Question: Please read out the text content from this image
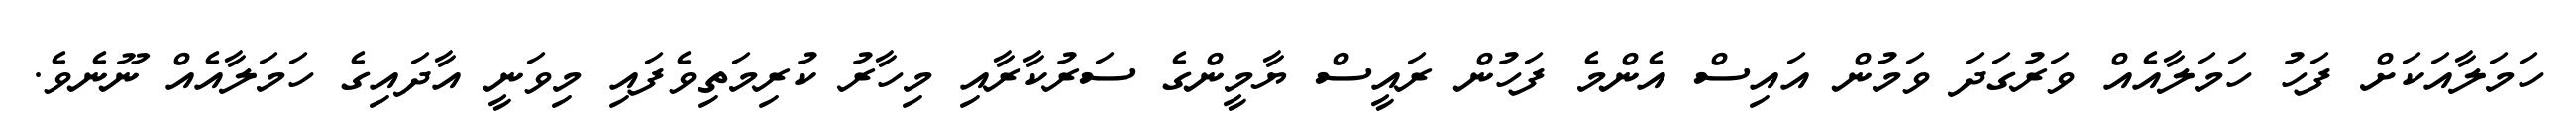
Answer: ހަމަލާއަކަށް ފަހު ހަމަލާއެއް ވަރުގަދަ ވަމުން އައިސް އެންމެ ފަހުން ރައީސް ޔާމީންގެ ސަރުކާރާއި މިހާރު ކުރިމަތިވެފައި މިވަނީ އާދައިގެ ހަމަލާއެއް ނޫނެވެ.